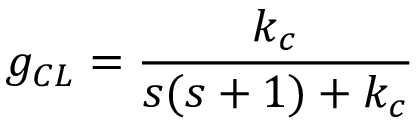
g _ { C L } = { \frac { k _ { c } } { s ( s + 1 ) + k _ { c } } }